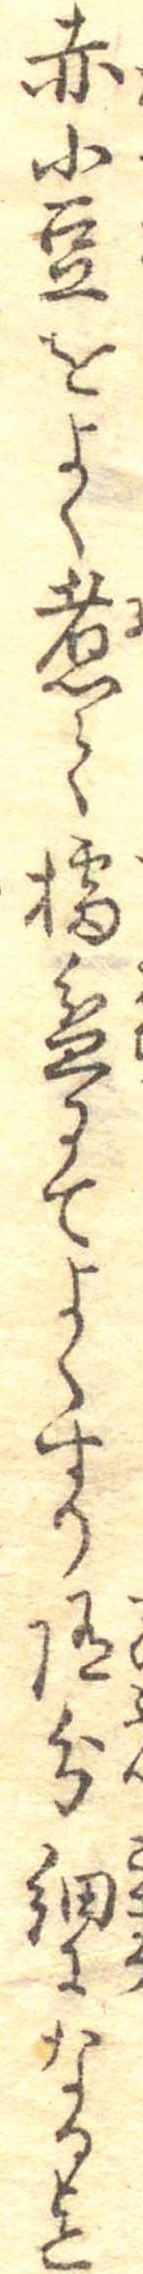
赤小豆をよく煮て擂盆にてよくすり随分細かなる迄